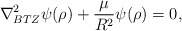
\begin{align*}\nabla^2_{BTZ} \psi(\rho) + {\mu \over R^2} \psi(\rho) =0,\end{align*}